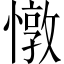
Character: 憞